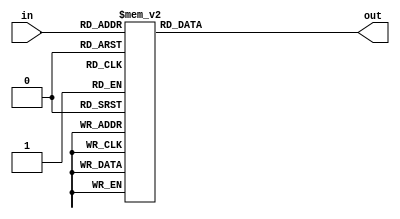
module f3_test_5 (input [2:0] in, output reg [7:0] out);
always @(in )
	   case (in)
	       3'b000 : out = 8'b00000001;
	       3'b001 : out = 8'b00000010;
	       3'b010 : out = 8'b00000100;
	       3'b011 : out = 8'b00001000;
	       3'b100 : out = 8'b00010000;
	       3'b101 : out = 8'b00100000;
	       3'b110 : out = 8'b01000000;
	       3'b111 : out = 8'b10000000;
	    endcase
endmodule